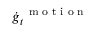
\dot { \boldsymbol g } _ { t } ^ { \mathrm { ~ \scriptsize ~ m ~ o ~ t ~ i ~ o ~ n ~ } }